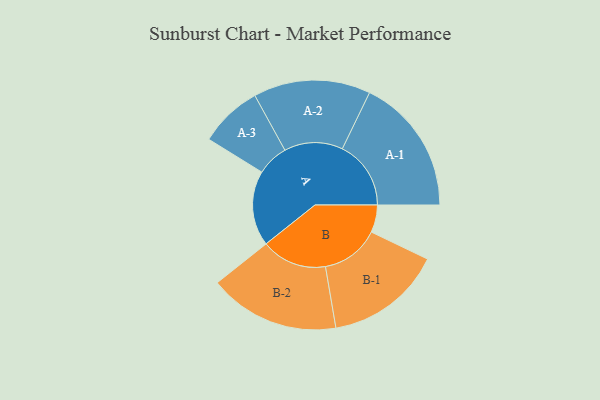
{"axis": {"x": "Segment", "y": "Value"}, "legend": ["", "A", "B"], "data": [{"x": "A", "y": 312, "type": ""}, {"x": "B", "y": 114, "type": ""}, {"x": "A-1", "y": 285, "type": "A"}, {"x": "A-2", "y": 243, "type": "A"}, {"x": "A-3", "y": 131, "type": "A"}, {"x": "B-1", "y": 243, "type": "B"}, {"x": "B-2", "y": 272, "type": "B"}]}